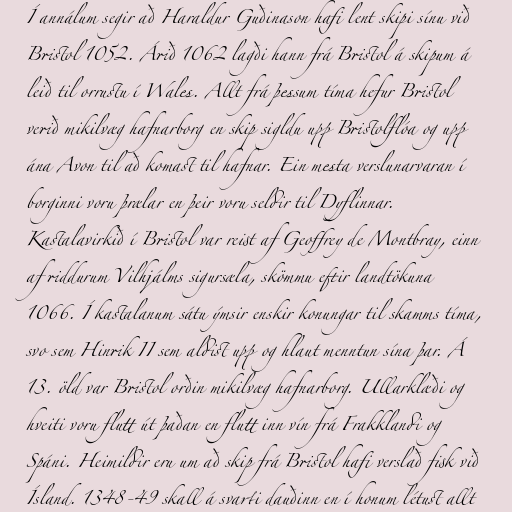
Í annálum segir að Haraldur Guðinason hafi lent skipi sínu við
Bristol 1052. Árið 1062 lagði hann frá Bristol á skipum á
leið til orrustu í Wales. Allt frá þessum tíma hefur Bristol
verið mikilvæg hafnarborg en skip sigldu upp Bristolflóa og upp
ána Avon til að komast til hafnar. Ein mesta verslunarvaran í
borginni voru þrælar en þeir voru seldir til Dyflinnar.
Kastalavirkið í Bristol var reist af Geoffrey de Montbray, einn
af riddurum Vilhjálms sigursæla, skömmu eftir landtökuna
1066. Í kastalanum sátu ýmsir enskir konungar til skamms tíma,
svo sem Hinrik II sem aldist upp og hlaut menntun sína þar. Á
13. öld var Bristol orðin mikilvæg hafnarborg. Ullarklæði og
hveiti voru flutt út þaðan en flutt inn vín frá Frakklandi og
Spáni. Heimildir eru um að skip frá Bristol hafi verslað fisk við
Ísland. 1348-49 skall á svarti dauðinn en í honum létust allt